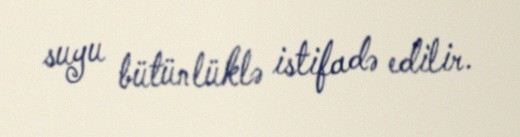
suyu bütünlüklə istifadə edilir.